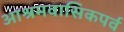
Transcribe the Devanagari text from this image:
आश्रमवासिकपर्व